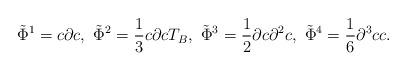
LaTeX: \begin{align*}\tilde{\Phi}^1=c\partial c,~\tilde{\Phi}^2=\frac{1}{3}c\partial cT_B,~\tilde{\Phi}^3=\frac12\partial c\partial^2c,~\tilde{\Phi}^4=\frac16\partial^3cc.\end{align*}